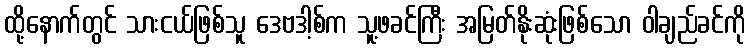
ထို့နောက်တွင် သားငယ်ဖြစ်သူ ဒေဗဒါ့စ်က သူ့ဖခင်ကြီး အမြတ်နိုးဆုံးဖြစ်သော ဝါချည်ခင်ကို